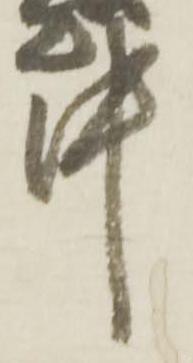
中